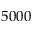
5 0 0 0